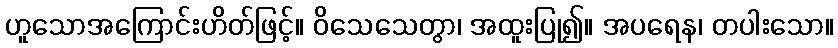
ဟူသောအကြောင်းဟိတ်ဖြင့်။ ဝိသေသေတွာ၊ အထူးပြု၍။ အပရေန၊ တပါးသော။